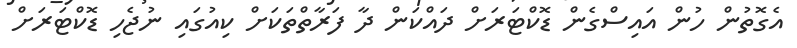
އެގޮތުން ހުން އައިސްގެން ޑޮކްޓަރަށް ދައްކަން ދާ ފަރާތްތަކަށް ކިއުގައި ނުޖެހި ޑޮކްޓަރަށް